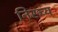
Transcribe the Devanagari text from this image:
निस्च्य